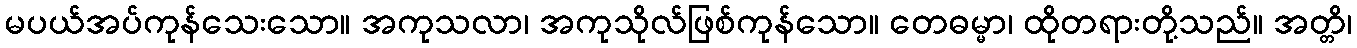
မပယ်အပ်ကုန်သေးသော။ အကုသလာ၊ အကုသိုလ်ဖြစ်ကုန်သော။ တေဓမ္မာ၊ ထိုတရားတို့သည်။ အတ္တိ၊